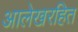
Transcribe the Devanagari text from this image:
आलेखरहित